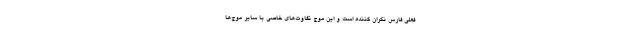
فعلی فارس نگران کننده است و این موج تفاوت‌های خاصی با سایر موج‌ها